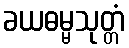
ခယဓမ္မသုတ္တံ